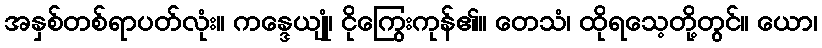
အနှစ်တစ်ရာပတ်လုံး။ ကန္ဒေယျုံ၊ ငိုကြွေးကုန်၏။ တေသံ၊ ထိုရသေ့တို့တွင်။ ယော၊